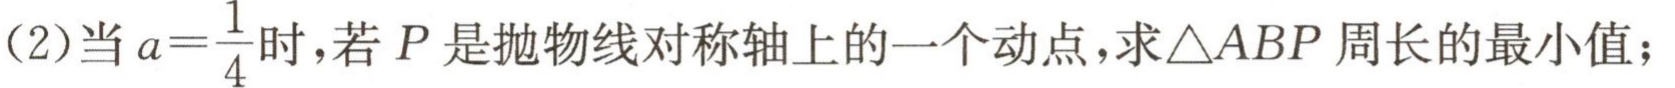
(2)当\(a = \frac{1}{4}\)时，若\(P\)是抛物线对称轴上的一个动点，求\(\triangle ABP\)周长的最小值；